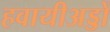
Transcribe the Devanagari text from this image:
हवायीअड्डों